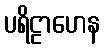
ပရိဠာဟေန